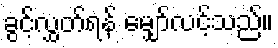
ခွင့်လွှတ်ရန် မျှော်လင့်သည်။